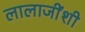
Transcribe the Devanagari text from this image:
लालाजींशी